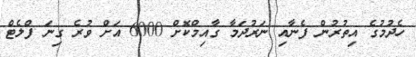
ހެދުމުގެ އިތުރުން ފެނާއި ނަރުދަމާ ގާއިމްކޮށް 6000 އަށް ވުރެ ގިނަ ފްލެޓް